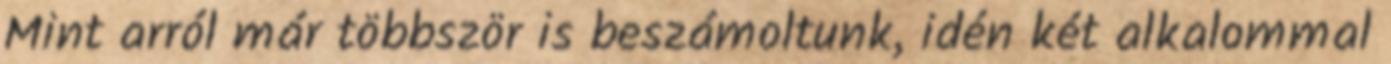
Mint arról már többször is beszámoltunk, idén két alkalommal